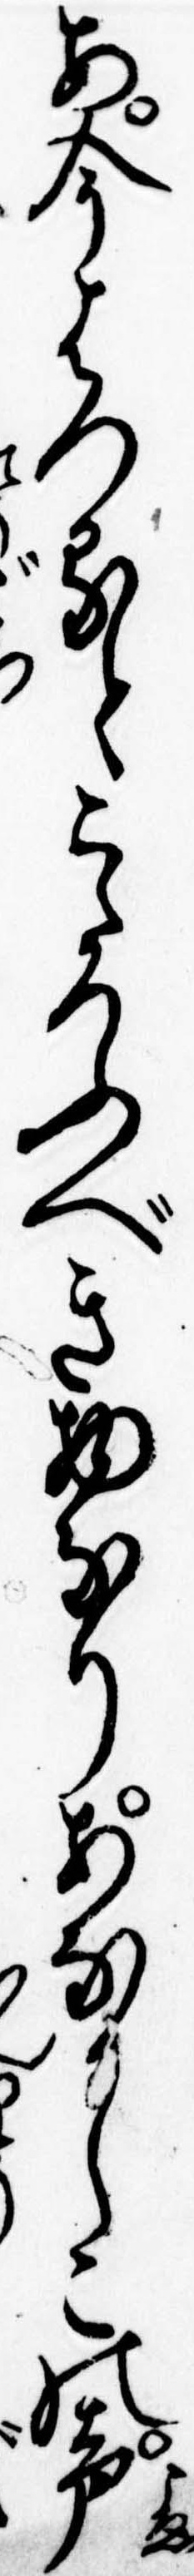
あ今はつるとこゝろふべき物なりあなしこの声